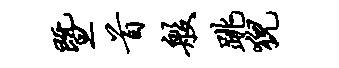
暨首般跳猊